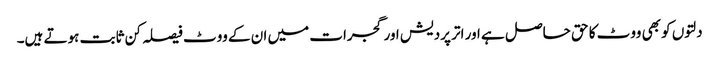
دلتوں کو بھی ووٹ کا حق حاصل ہے اور اتر پردیش اور گجرات میں ان کے ووٹ فیصلہ کن ثابت ہوتے ہیں۔